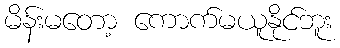
မိန်းမတော့ ကောက်မယူနိုင်ဘူး